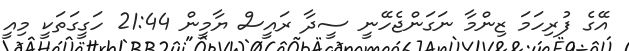
އޭގެ ފުރިހަމަ ޒިންމާ ނަގަންޖެހޭނީ ސީދާ ރައީސް ޔާމީން 21:44 ހަގީގަތަކީ މިއީ